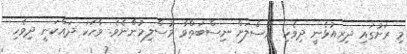
މި ރަށުގައި ދިރިއުޅެނީ ދިވެހި ނަސްލަށް ނިސްބަތްވާ މުސްލިމުންނެވެ. ވާހަކަ ދައްކަނީ ދިވެހި